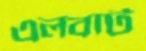
এলবার্ট